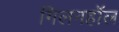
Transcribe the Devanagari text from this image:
गिलनहॉल